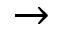
\rightarrow